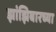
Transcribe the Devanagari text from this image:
झांझिबारच्या